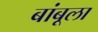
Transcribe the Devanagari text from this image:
बांबूला